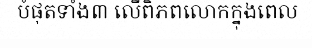
បំផុតទាំង៣ លើពិភពលោកក្នុងពេល